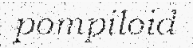
pompiloid